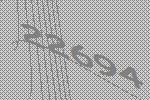
22694